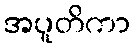
အပူတိကာ